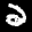
Label: 2